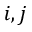
i , j